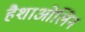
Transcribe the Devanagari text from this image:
हैशाओलिन